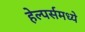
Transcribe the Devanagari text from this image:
हेल्पर्समध्ये